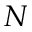
N